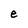
Character: e